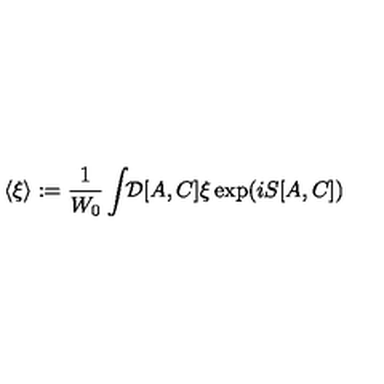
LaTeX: \langle \xi \rangle : = { \frac { 1 } { W _ { 0 } } } \int \! \! { \cal D } [ A , C ] \xi \exp ( i S [ A , C ] )